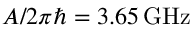
A / 2 \pi \hbar = 3 . 6 5 \, \mathrm { G H z }